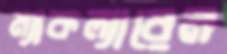
ম্যাকল্যারেন